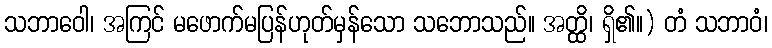
သဘာဝေါ၊ အကြင် မဖောက်မပြန်ဟုတ်မှန်သော သဘောသည်။ အတ္ထိ၊ ရှိ၏။) တံ သဘာဝံ၊